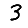
Digit: 3